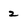
Character: 2